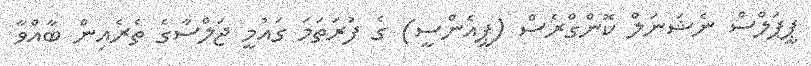
ޕީޕަލްސް ނެޝަނަލް ކޮންގްރެސް (ޕީއެންސީ) ގެ ފުރަތަމަ ގައުމީ ޖަލްސާގެ ތެރެއިން ބާއްވާ